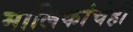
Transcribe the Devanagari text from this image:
मालिकांचेही